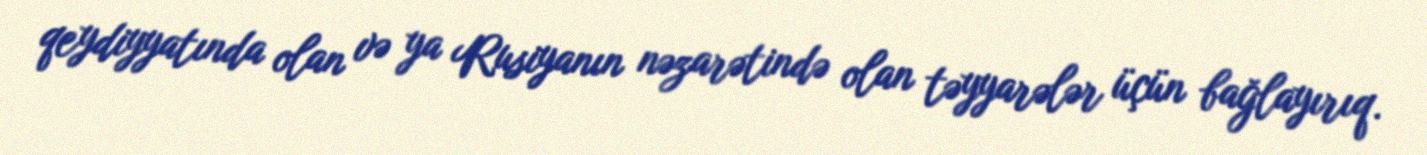
qeydiyyatında olan və ya Rusiyanın nəzarətində olan təyyarələr üçün bağlayırıq.